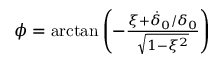
\begin{array} { r } { \phi = \arctan \left( - \frac { \xi + \dot { \delta } _ { 0 } / \delta _ { 0 } } { \sqrt { 1 - \xi ^ { 2 } } } \right) } \end{array}